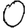
Digit: 0